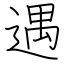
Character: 遇